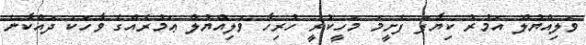
ވަލިއްޔުލް އަމުރު ކިޔާފަ ފެށީމަ މަހީކުރީ ހުރިހާ ވަލިއްޔުލް ޢަމުރެއްގެ ވާހަކަ ދައްކާނެ